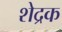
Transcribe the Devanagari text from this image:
शेद्रक